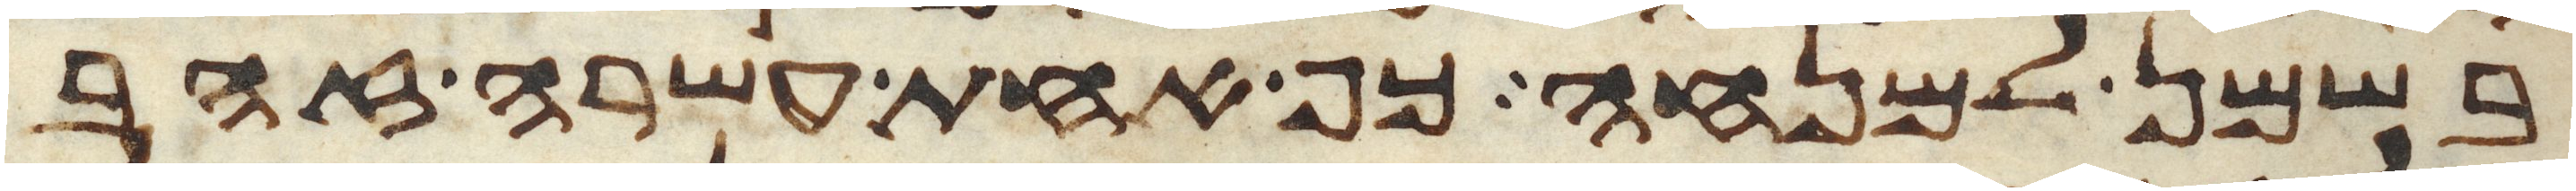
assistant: בשמן למנחה כף אחת עשרה זהב